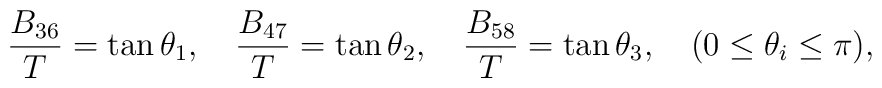
\frac{B_{36}}{T}=\tan\theta_1,\quad\frac{B_{47}}{T}=\tan\theta_2,\quad\frac{B_{58}}{T}=\tan\theta_3,\quad(0\leq\theta_i\leq\pi),